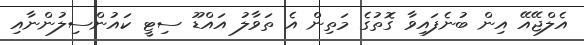
އެލްޖޭއޭ އިން ބުނެފައިވާ ގޮތުގެ މަތިން އެ ތަވާލު އައްޑޫ ސިޓީ ކައުންސިލުންނާއި